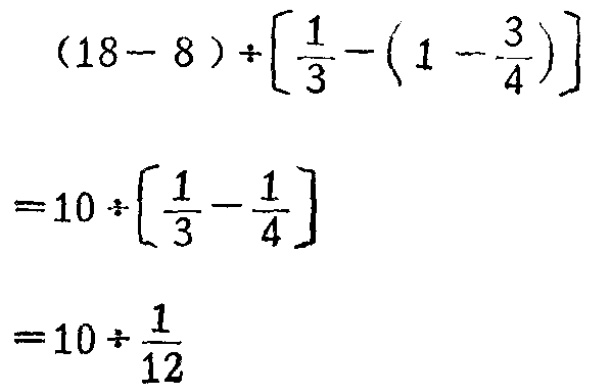
\[

\begin{align*}

&(18 - 8)\div\left[\frac{1}{3}-\left(1-\frac{3}{4}\right)\right]\\

=&10\div\left[\frac{1}{3}-\frac{1}{4}\right]\\

=&10\div\frac{1}{12}

\end{align*}

\]